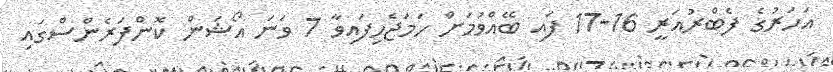
އަހަރުގެ ފެބްރުއަރީ 16-17 ފައި ބޭއްވުމަށް ހަމަޖެހިފައިވާ 7 ވަނަ އޯޝަން ކޮންފަރެންސްގައި